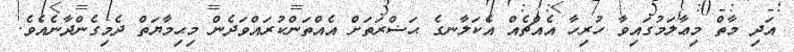
އަދި މާތް މިޢާލަމުގައިވާ ހުރިހާ އެއްޗެއް އެކަލާނގެ ޙަޟްރަތަށް އެއްތަންކުރައްވަދެން މިޙިމާޔަތް ދެމިގެންދާނެއެވެ.